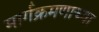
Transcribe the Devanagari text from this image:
मार्गक्रमणाच्या